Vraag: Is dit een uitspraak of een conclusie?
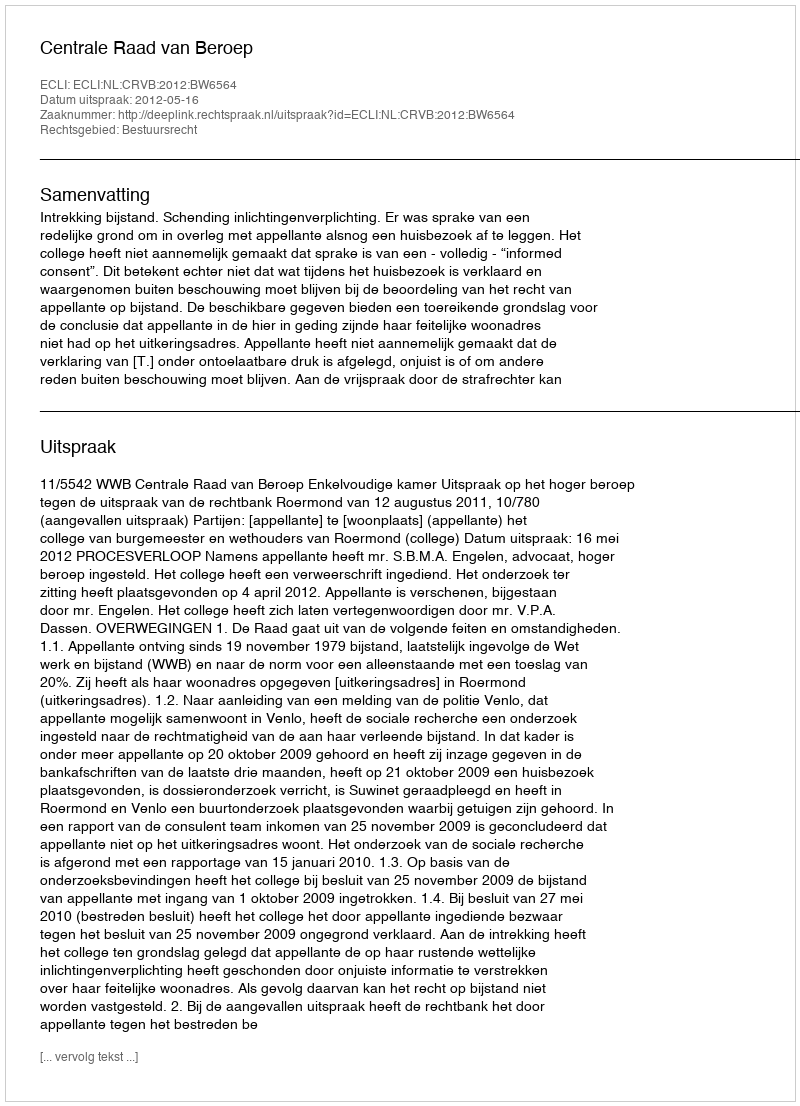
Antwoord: Uitspraak